Civil Veterinary Dept. Bombay admin report 1900-1906 - 1900-1906
Year: 1900
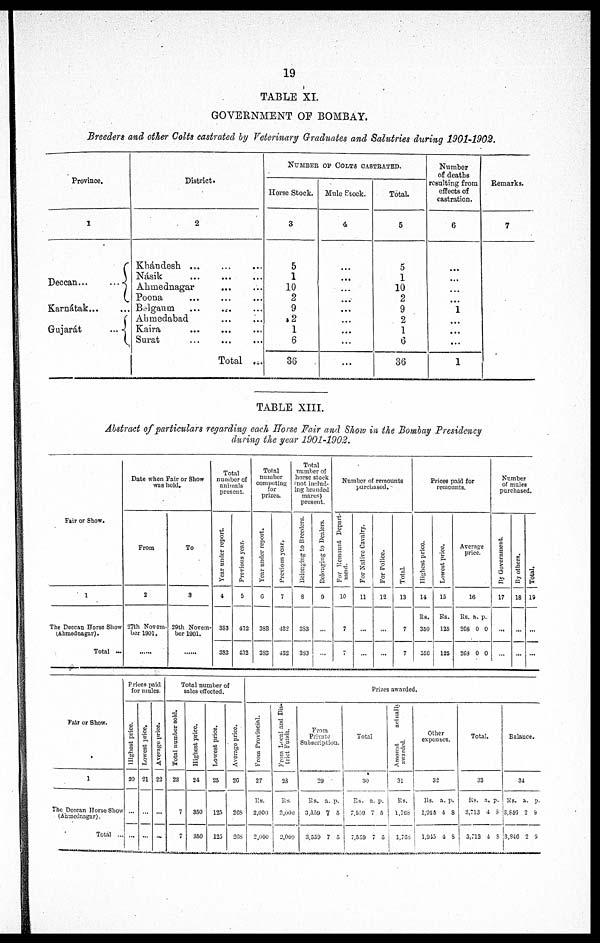
19
TABLE XI.
GOVERNMENT OF BOMBAY.
Breeders and other Colts castrated by Veterinary Graduates and Salutries during 1901-1902.
Province.
1
Deccan...
...
Karnátak... ...
Gujarát
...
District.
2
Khándesh ... ... ...
Násik
...
...
...
Ahmednagar ... ...
Poona
...
...
...
Bolgaum
... ... ...
Ahmedabad
...
...
Kaira
...
...
...
Surat
...
...
...
Total ...
NUMDER OF COLTS CASTRATED.
Horse Stock.
3
5
1
10
2
9
2
1
6
36
Mule Stock.
4
...
...
...
...
...
...
...
...
...
Total.
5
5
1
10
2
9
2
1
6
36
Number
of deaths
resulting from
effects of
castration.
6
...
...
...
...
1
...
...
...
1
Remarks.
7
TABLE XIII.
Abstract of particulars regarding each Horse Fair and Show in the Bombay Presidency
during the year 1901-1902.
Fair or Show.
1
The Deecan Horse Show
(Ahmednagar).
Total ...
Date when Fair or Show
was hold.
From
2
27th Novem-
ber 1901.
To
3
29th Novem-
ber 1901.
......
Total
number of
animals
present.
Year under report.
4
383
383
Previous year.
5
432
432
Total
number
competing
for
prizes.
Year under report.
6
388
388
Previous year,
7
432
433
Total
number of
horse stock
(not includ-
ing branded
mares)
present.
Belonging
to Breeders.
8
383
383
Belonging to Dealers.
9
...
...
Number of remounts
purchased.
For Remount Depart-
ment.
10
7
7
For Native Cavalry.
11
...
...
For Police.
12
...
...
Total.
13
7
7
Prices paid for
remounts.
Highest price.
14
Rs.
350
350
Lowest price.
15
Rs.
125
125
Average
price.
16
Rs.
268
268
a.
0
0
p.
0
0
Number
of mules
purchased.
By Government.
17
...
...
By others.
18
...
...
Total.
19
...
...
Fair or Show.
1
The Deccan Horse Show
(Ahmednagar).
Total ...
Prices paid
for unties.
Highest price.
20
...
...
Lowest price.
21
...
...
Average price.
22
...
...
Total number of
sales effected.
Total number sold.
23
7
7
Highest price.
24
350
350
Lowest price.
25
125
125
Average price.
26
268
268
Prizes awarded.
From Provincial.
27
Rs.
2,000
2,000
From
Local and Dis-
trict Funds.
28
Rs.
2,000
2,000
From
Private
Subscription.
29
Rs.
3,539
3,559
a.
7
7
p.
5
5
Total.
30
Rs.
7,559
7,559
a.
7
7
p.
5
5
Amount
awarded.
31
Rs.
1,768
1,768
Other
expenses.
32
Rs.
1,045
1,945
a.
4
4
p.
8
8
Total.
33
Rs.
3,113
3,713
a.
4
4
p.
8
8
Balance.
34
Rs.
3,846
3,846
a.
2
2
p.
9
9